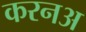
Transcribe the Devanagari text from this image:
करनअ